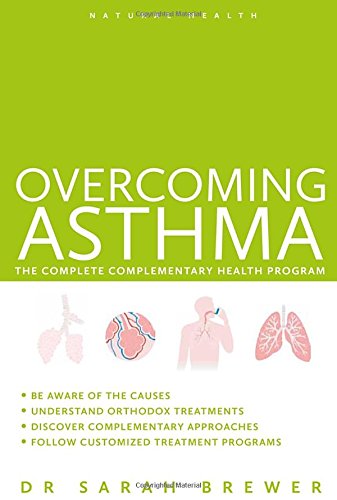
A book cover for Overcoming Asthma: The Complete Complementary Health Program; Sarah Brewer; Health, Fitness & Dieting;